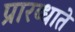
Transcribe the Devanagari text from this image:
प्रारब्धाते